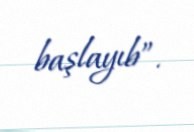
başlayıb”.